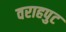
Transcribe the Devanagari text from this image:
वराहपुट